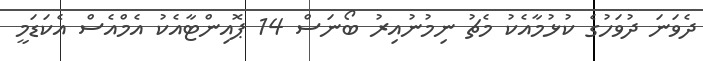
ދެވަނަ ދުވަހުގެ ކުޅުމާއެކު މެޗު ނިމުނުއިރު ބޯނަސް 14 ޕޮއިންޓާއެކު އެމްއެސް އެކަޑަމީ